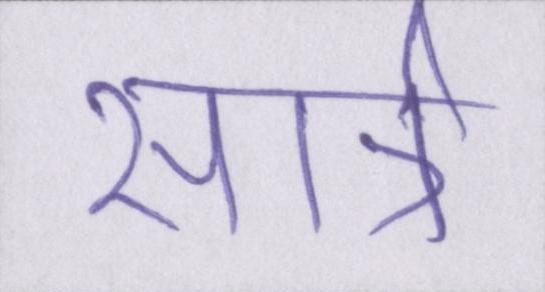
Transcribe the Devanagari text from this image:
सार्त्र